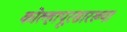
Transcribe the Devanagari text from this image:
कोल्हापूरसारख्या